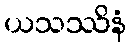
ယသဿိနံ